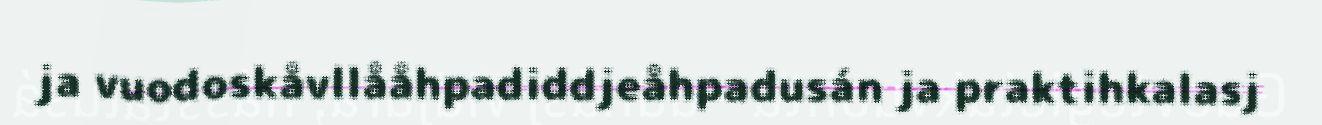
ja vuodoskåvllååhpadiddjeåhpadusán ja praktihkalasj